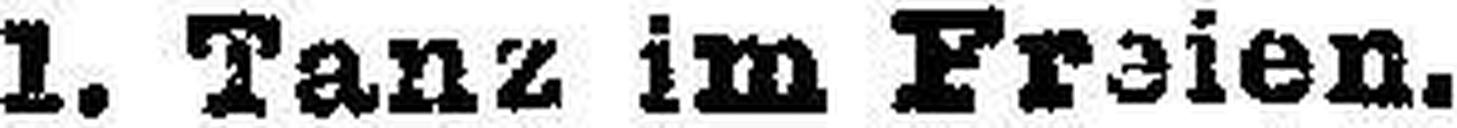
1. Tanz im Freien.